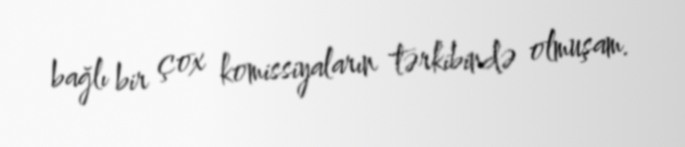
bağlı bir çox komissiyaların tərkibində olmuşam.